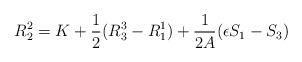
LaTeX: \begin{align*}R^2_2 = K+\frac{1}{2}(R^3_3 - R^1_1) + \frac{1}{2A}(\epsilon S_1 - S_3)\end{align*}